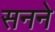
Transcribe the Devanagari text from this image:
सनने